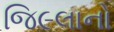
જિ૯લાનો